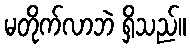
မတိုက်လာဘဲ ရှိသည်။